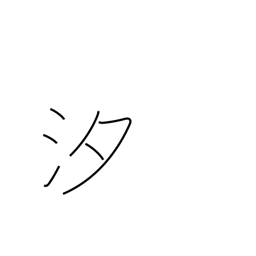
Meaning: salt water